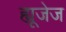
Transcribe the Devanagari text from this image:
ह्यूजेज